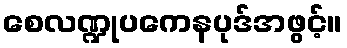
စေလဏ္ဍုပကေနပုဒ်အဖွင့်။